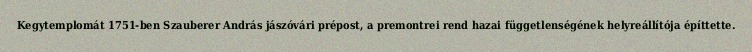
Kegytemplomát 1751-ben Szauberer András jászóvári prépost, a premontrei rend hazai függetlenségének helyreállítója építtette.